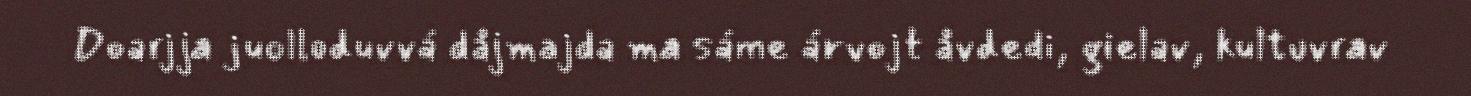
Doarjja juolloduvvá dåjmajda ma sáme árvojt åvdedi, gielav, kultuvrav